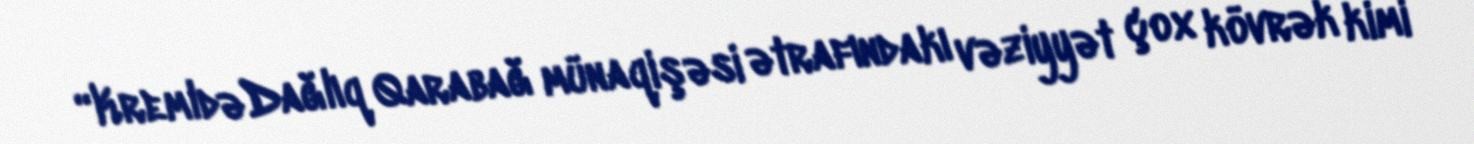
“Kremldə Dağlıq Qarabağ münaqişəsi ətrafındakı vəziyyət çox kövrək kimi